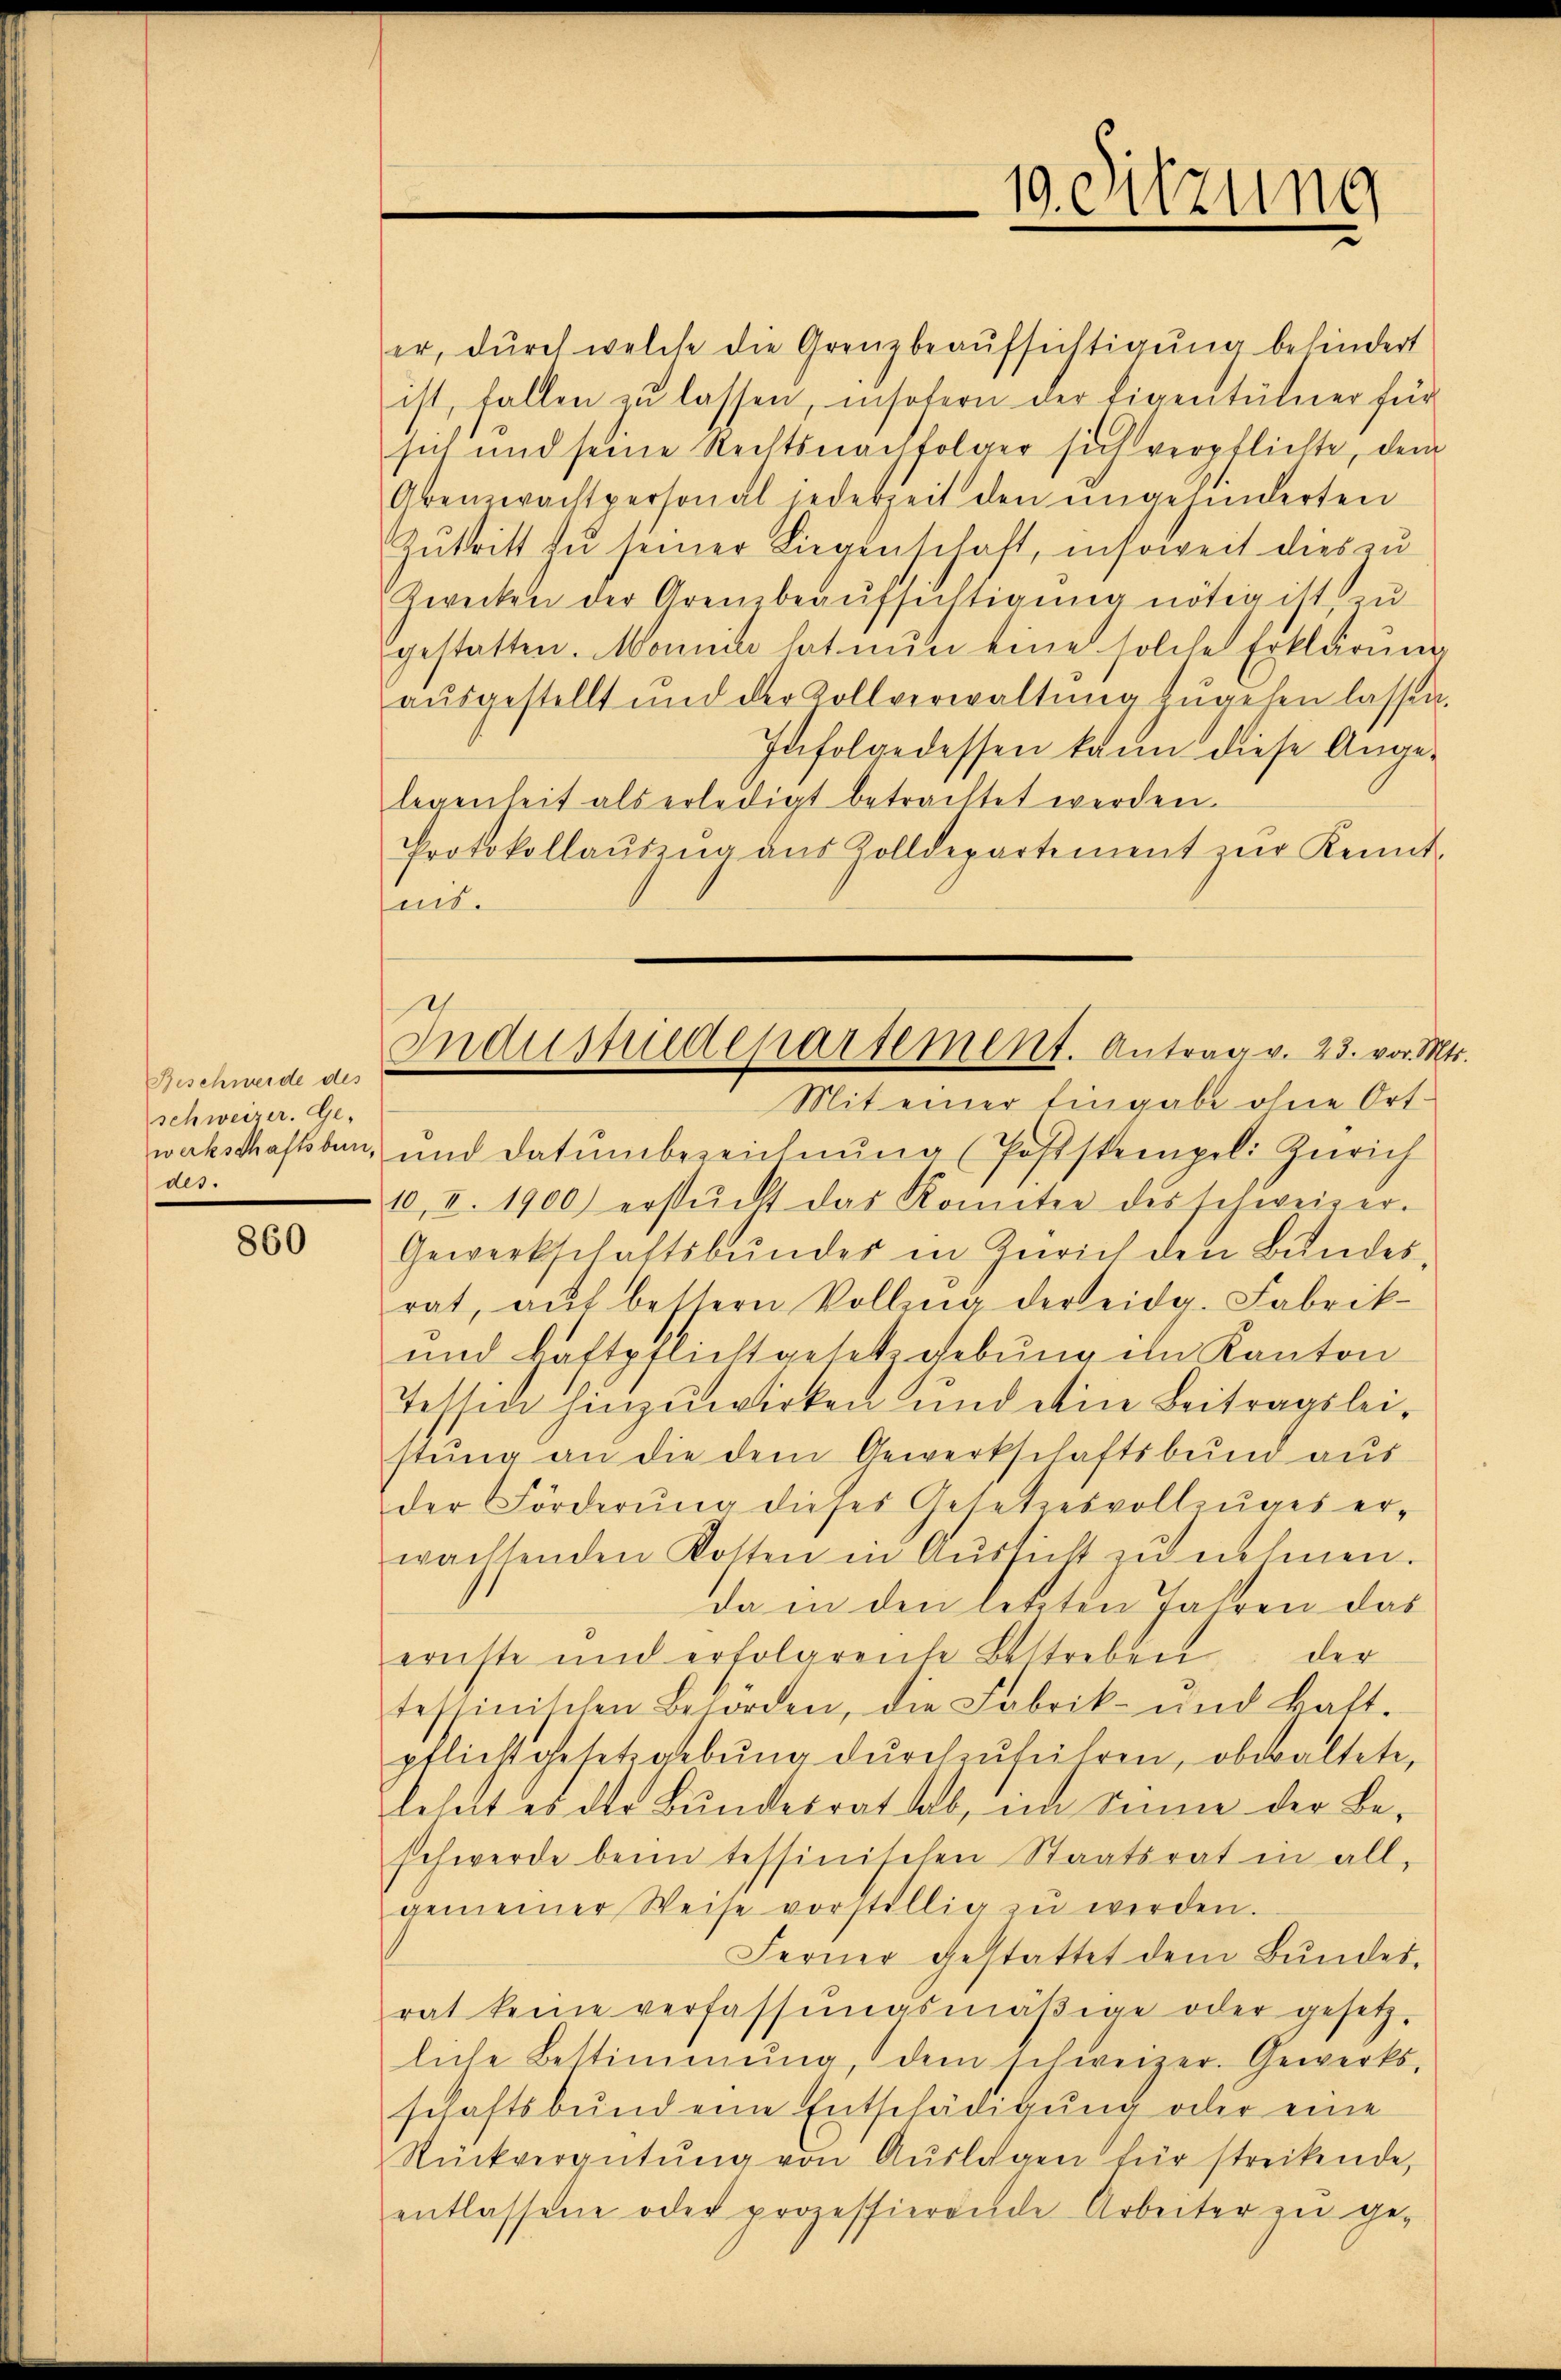
Beschwerde des
schweizer. Ge-
werkschaftsbur
des.

860

er, durch welche die Grenzbeaufsichtigung behindert
ist, fallen zu lassen, insofern der Eigentümer für
sich und seine Rechtsnachfolger sich verpflichte, dem
Arenzwachtpersonal jederzeit den ungehinderten
Zutritt zu seiner Liegenschaft, insoweit dies zu
Zwecken der Grenzbeaŭfsichtigŭng nötig ist zu
gestatten. Monna hat nun eine solche Erklärung
aŭsgestellt und der Zollverwaltŭng zŭgehen lassen.
Infolgedessen kann diese Ange-
legenheit als erledigt betrachtet werden.
Protokollaŭszŭg aŭs Zolldepartement zŭr Kennt.
mit.
Mit einer Eingabe ohne Ort¬
und Datumbezeichnŭng (Poststempel. Zürich
10, I. 1900 erstück das Komitee des schweizer.
Gewerkschaftsbunder in Zürich den Bundesrat, aŭf bestern Volling der eidg. Fabrik-
und kaftpflichtgesetzgebung in Kanton
Tettin hinzuwirken und eine Beitragsleistŭng an die dem Gewerkschaftsbund aus
der Förderŭng dieses Gesetzesvollzŭges er-
wachtenden Kosten in Aussicht zu nehmen.
da in den letzten Jahren das
ernste und erfolgrente Bestreben der
tessinischen Behörden, die Fabrik- und kalt.
pflicht gesetzgebŭng dŭrchzŭführen, obwaltete,
leheit es der Bŭndesrat hab, im Sinne der Be-
schwerde beim tessinischen Staatsrat in all-
gemeiner Weise vorstellig zŭ werden.
Ferner gestattet dem Bŭndes-
rat keine verfassŭngsmäβige oder gesetz-
liche Bestimmung, dem schweizer. Gewerks-
schaftsbund eine Entschädigung oder eine
Rückverantŭng von Aŭslagen für streitende,
entlassene oder prozessierende Arbeiter zu ge-

10. Sitzung

Industriedepartement. Antrag v. 23. vor. S